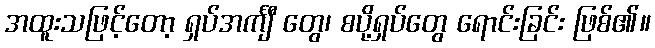
အထူးသဖြင့်တော့ ရှပ်အင်္ကျီ တွေ၊ စပို့ရှပ်တွေ ရောင်းခြင်း ဖြစ်၏။